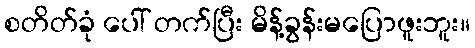
စတိတ်ခုံ ပေါ် တက်ပြီး မိန့်ခွန်းမပြောဖူးဘူး။